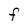
Character: F